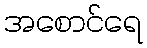
အစောင်ရေ